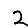
Digit: 2